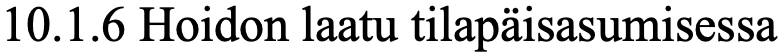
10.1.6 Hoidon laatu tilapäisasumisessa